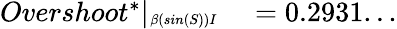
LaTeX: \begin{array}{rl}{Overshoot^{*}|_{\substack{_{\beta(sin(S))I}}}}&{{}=0.2931...}\end{array}